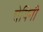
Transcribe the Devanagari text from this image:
चेयिनी